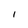
Character: I